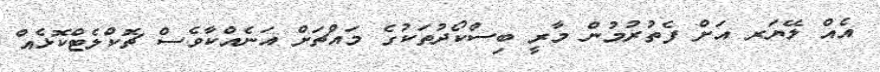
އެއް ލޭޔަރ އަށް ފެތުރުމުން މާރީ ބިސްކޯދުތަކުގެ މައްޗަށް އަނެއްކާވެސް ޗޮކްލެޓްކޮޅެއް